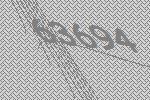
63694